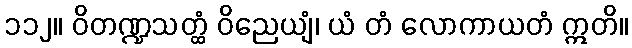
၁၁၂။ ဝိတဏ္ဍသတ္ထံ ဝိညေယျံ၊ ယံ တံ လောကာယတံ ဣတိ။